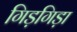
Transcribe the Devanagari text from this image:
गिड़गिड़ा